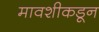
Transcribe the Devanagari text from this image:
मावशीकडून